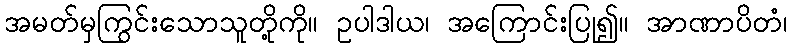
အမတ်မှကြွင်းသောသူတို့ကို။ ဥပါဒါယ၊ အကြောင်းပြု၍။ အာဏာပိတံ၊